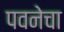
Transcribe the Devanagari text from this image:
पवनेचा